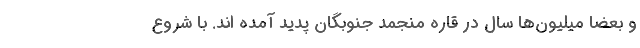
و بعضاً میلیون‌ها سال در قاره منجمد جنوبگان پدید آمده اند. با شروع